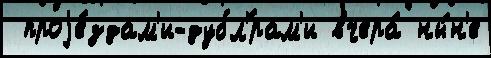
 проjе́здам'и-дубл'́рам'и вчера́ ны́н'е